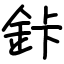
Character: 鉲